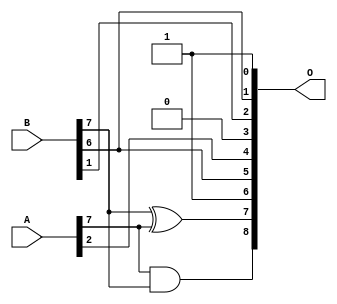
// This program was cloned from: https://github.com/ehw-fit/evoapproxlib
// License: MIT License

/***
* This code is a part of EvoApproxLib library (ehw.fit.vutbr.cz/approxlib) distributed under The MIT License.
* When used, please cite the following article(s): V. Mrazek, L. Sekanina, Z. Vasicek "Libraries of Approximate Circuits: Automated Design and Application in CNN Accelerators" IEEE Journal on Emerging and Selected Topics in Circuits and Systems, Vol 10, No 4, 2020 
* This file contains a circuit from a sub-set of pareto optimal circuits with respect to the pwr and mre parameters
***/
// MAE% = 9.00 %
// MAE = 46 
// WCE% = 29.10 %
// WCE = 149 
// WCRE% = 6400.00 %
// EP% = 99.33 %
// MRE% = 22.62 %
// MSE = 3188 
// PDK45_PWR = 0.0015 mW
// PDK45_AREA = 8.0 um2
// PDK45_DELAY = 0.11 ns


module add8u_8GM(A, B, O);
  input [7:0] A, B;
  output [8:0] O;
  assign O[7] = B[7] ^ A[7];
  assign O[6] = 1'b1;
  assign O[3] = 1'b0;
  assign O[0] = 1'b1;
  assign O[8] = A[7] & B[7];
  assign O[1] = B[6];
  assign O[2] = B[1];
  assign O[4] = A[2];
  assign O[5] = B[6];
endmodule